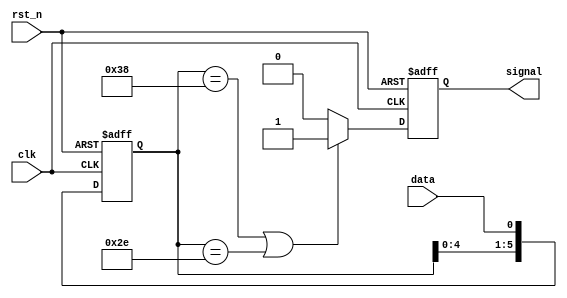
//-----------------------------------------------------------
// Creator : PeilinWu
// Function: 111000 and 101110 sequence detector
//-----------------------------------------------------------

module seq_detector (
    input [0:0] clk, rst_n, data,
    output reg [0:0] signal
);

reg [5:0] storage;

always @(posedge clk or negedge rst_n)
begin
    if (!rst_n)
        storage <= 6'b0;
    else
        storage <= {storage[4:0], data};
end


always @(posedge clk or negedge rst_n)
begin
    if (!rst_n)
        signal <= 1'b0;
    else begin
        if ((storage == 6'b111000) || (storage == 6'b101110))
            signal <= 1'b1;
        else
            signal <= 1'b0;
    end
end

endmodule